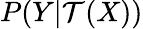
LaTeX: P(Y|\mathcal{T}(X))